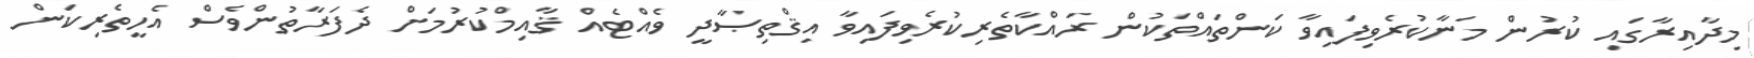
މިދާއިރާގައި ކުރުން މަނާކުރެވިފައިވާ ކަންތައްތަކުން ރައްކާތެރިކުރެވިފައިވާ އިޤްތިޞާދީ ވެއްޓެއް ޤާއިމްކުރުމަށް ދެފަރާތުންވެސް އެހީތެރިކަން